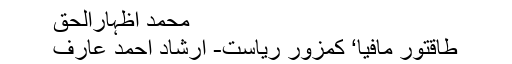
محمد اظہارالحق
طاقتور مافیا‘ کمزور ریاست- ارشاد احمد عارف